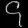
Digit: ၄